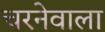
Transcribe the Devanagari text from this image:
चरनेवाला